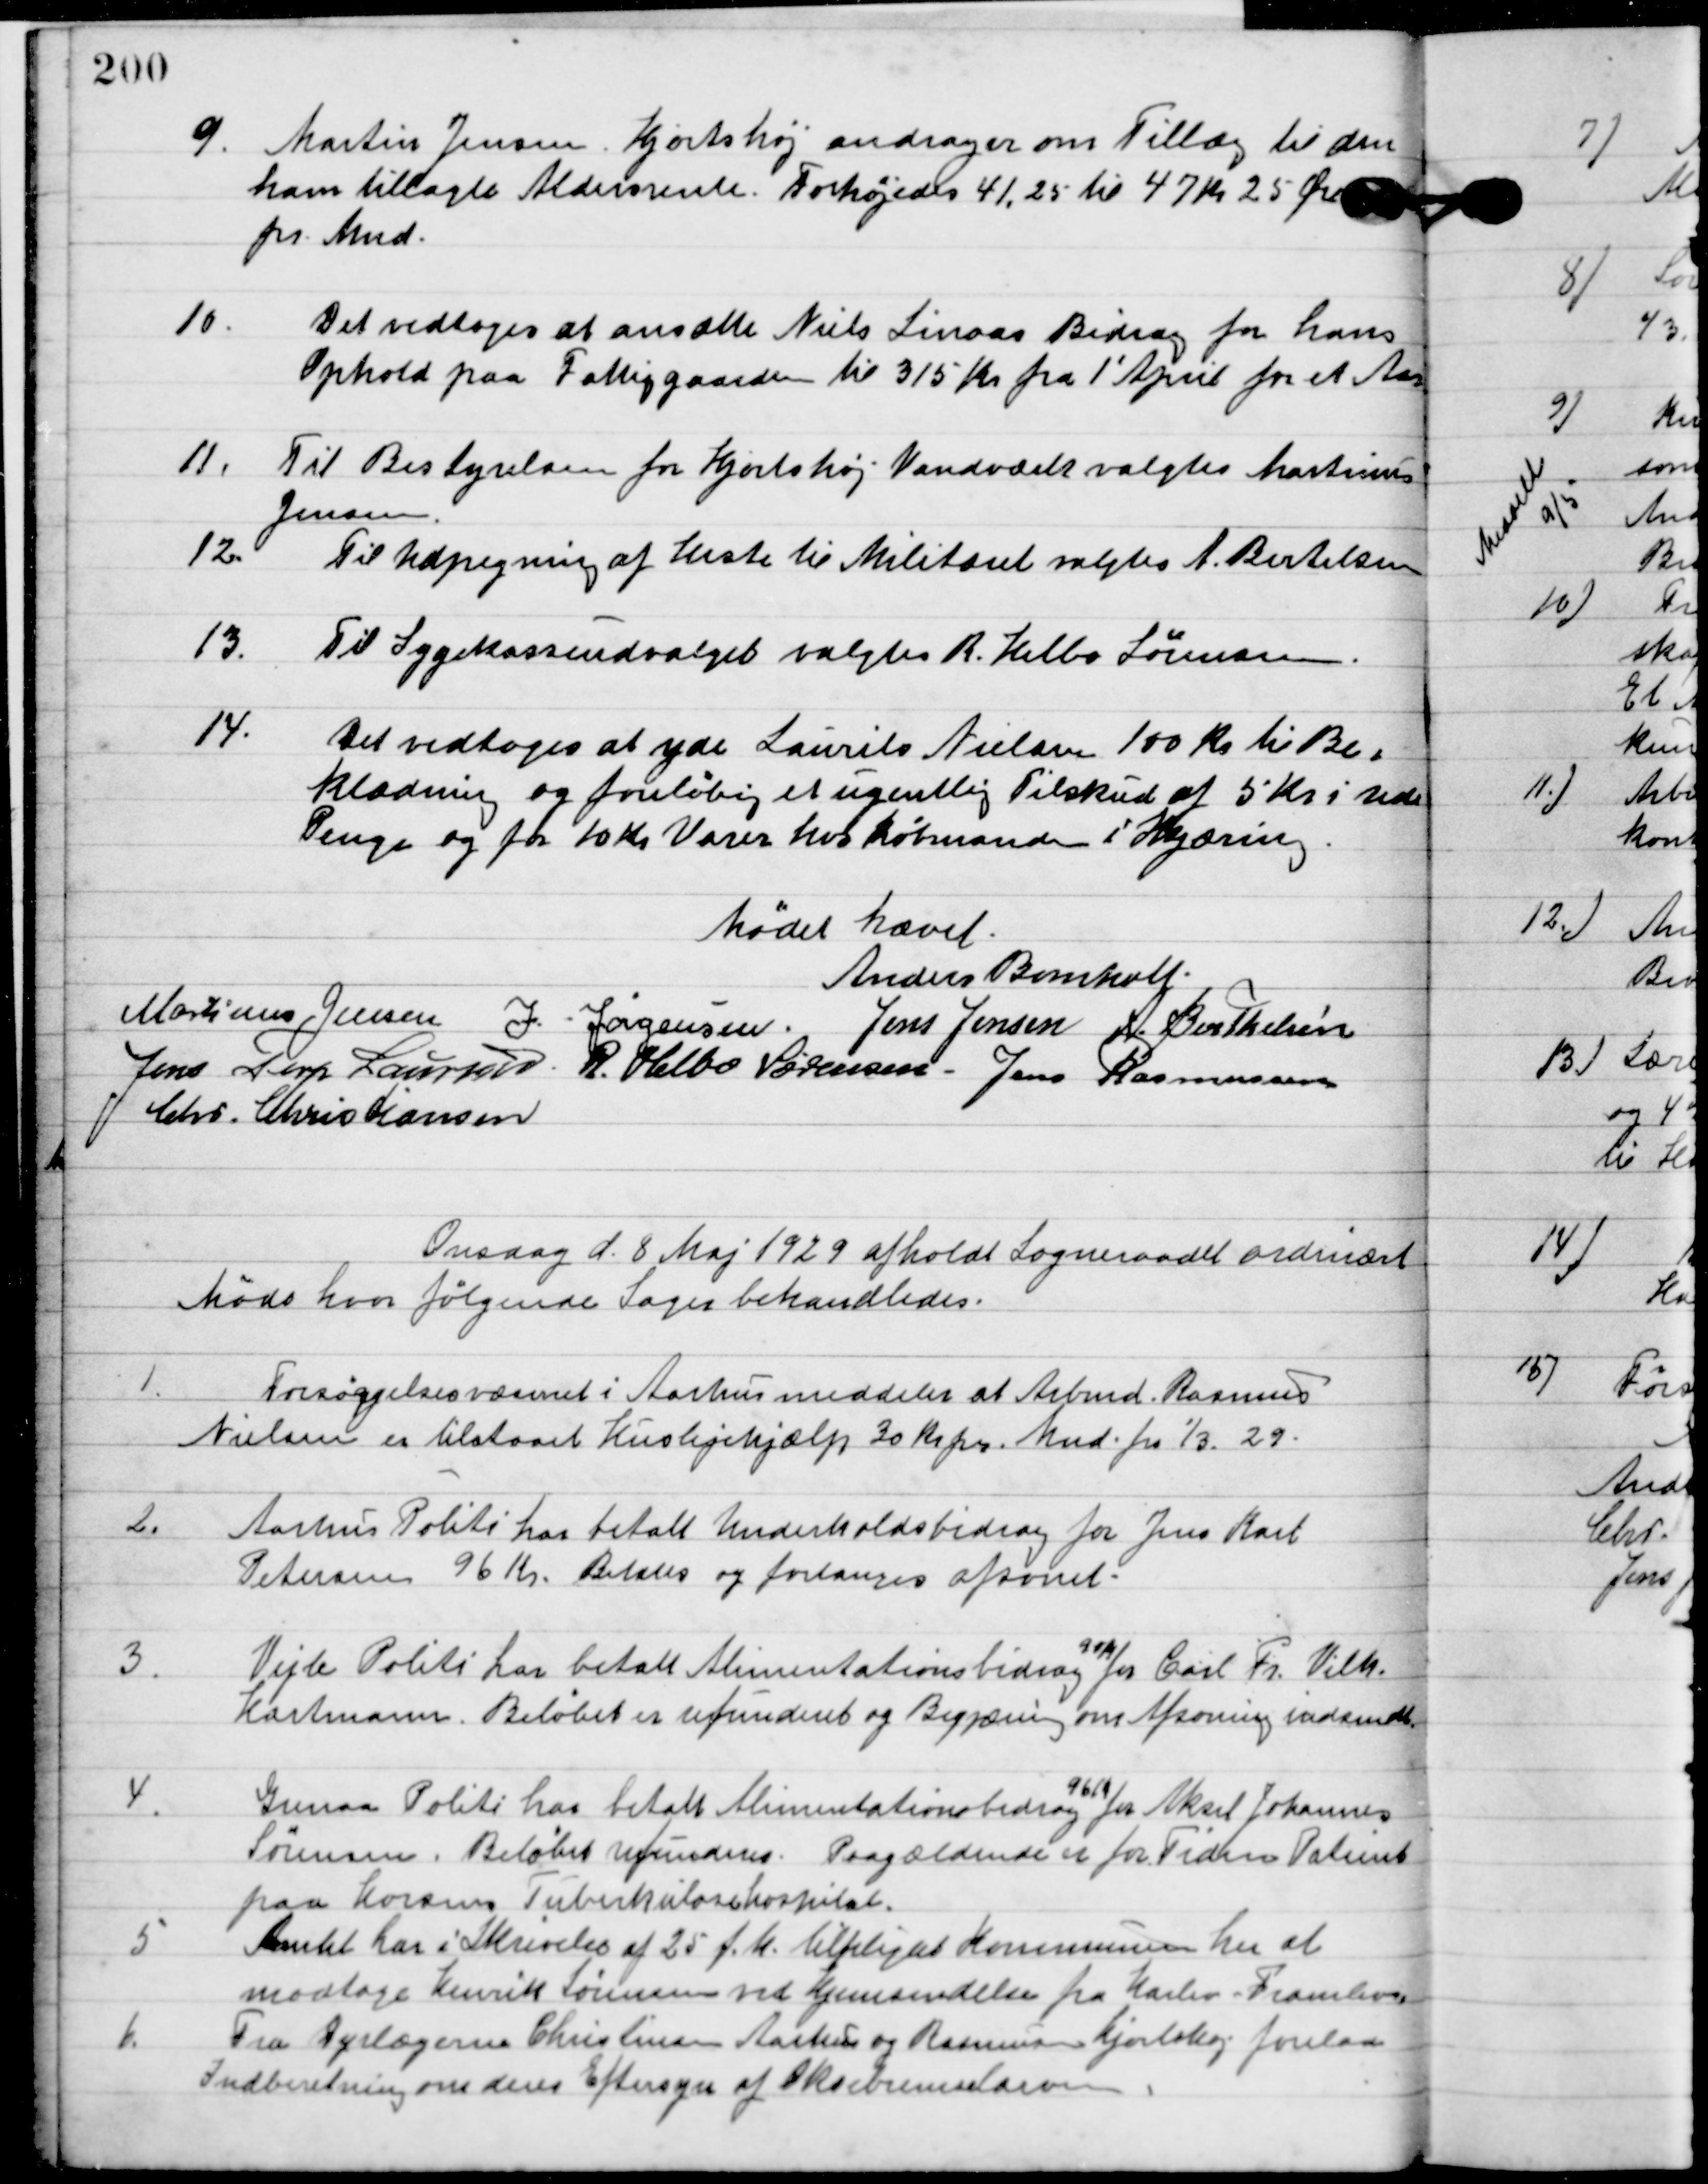
Transskription:
9

Martin Jensen, Hjortshøj andrager om Tillæg til den
ham tillagte Aldersrente. Forhøjes 41,25 til 47 kr. 25 øre
pr. Mnd.

10

Det vedtoges at ansætte Niels Linaas bidrag for hans
Ophold på Fattiggården til 315 kr. fra 1´April for et Aar.

11

Til Bestyrelsen for Hjortshøj meddeltes valgtes Martinus
Jensen.

12

Til Udpegning af heste til Militæret valgtes A. Bertelsen.

13

Til Sygekasseudvalget valgtes R. Helbo Sørensen.

14

Det vedtoges at yde Laurits Nielsen 100 kr. til be-
klædning og foreløbig et ugentlig tilskud af 5 kr. i Udb.
Penge og for 10 kr. varer hos købmanden i Skjæring.

Mødet hævet.

Anders Bomholt
Martinus Jensen
J. Jørgensen
Jens Jensen
A. Berthelsen
Jens Terp Laursen
R. Helbo Sørensen
Jens Rasmussen
Chr. Christiansen

Onsdag d. 8. Maj 1929 afholdt sognerådet ordinært
møde hvor følgende sager behandledes.

1

Forsørgelsesudvalget i Aarhus meddeles at Arbmd. Rasmus
Nielsen er tilstaaet Huslejehjælp 30 kr. pr. Mnd. fra 1/3. 29.

2

Århus Politi har betalt Underholdsbidrag for Jens Karl
Petersen 96 kr. Betales og forlanges afsonet.

3

Vejle Politi har betalt Alimentationsbidrag 90 kr. for Carl Fr. Vilh.
Hartmann. Beløbet er refunderet og Begjæring om Afsoning indsendt.

4

Grenaa Politi har betalt Alimentationsbidrag 961 kr. for Aksel Johannes
Sørensen, Beløbet refunderes. Paagældende er for Tiden Patient
paa Horsens Tuberkulosehospital.

5

Amtet har i Skrivelse af 25. f. M. tilpligtet Kommunen her at
modtage Henrik Sørensen ved hjemsendelse fra Harlev-Framlev.

6

Fra Dyrlægerne Christine Aarhus og Rasmine Hjortshøj forelaa 
indberetning om deres eftersyn af Oksebremselarver.